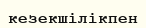
кезекшілікпен